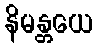
နိမန္တယေ